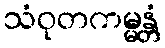
သံဝုတကမ္မန္တံ